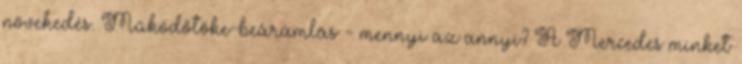
növekedés. Működőtőke-beáramlás - mennyi az annyi? A Mercedes minket